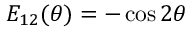
E _ { 1 2 } ( \theta ) = - \cos 2 \theta